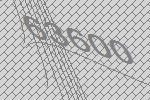
63600